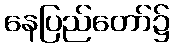
နေပြည်တော်၌